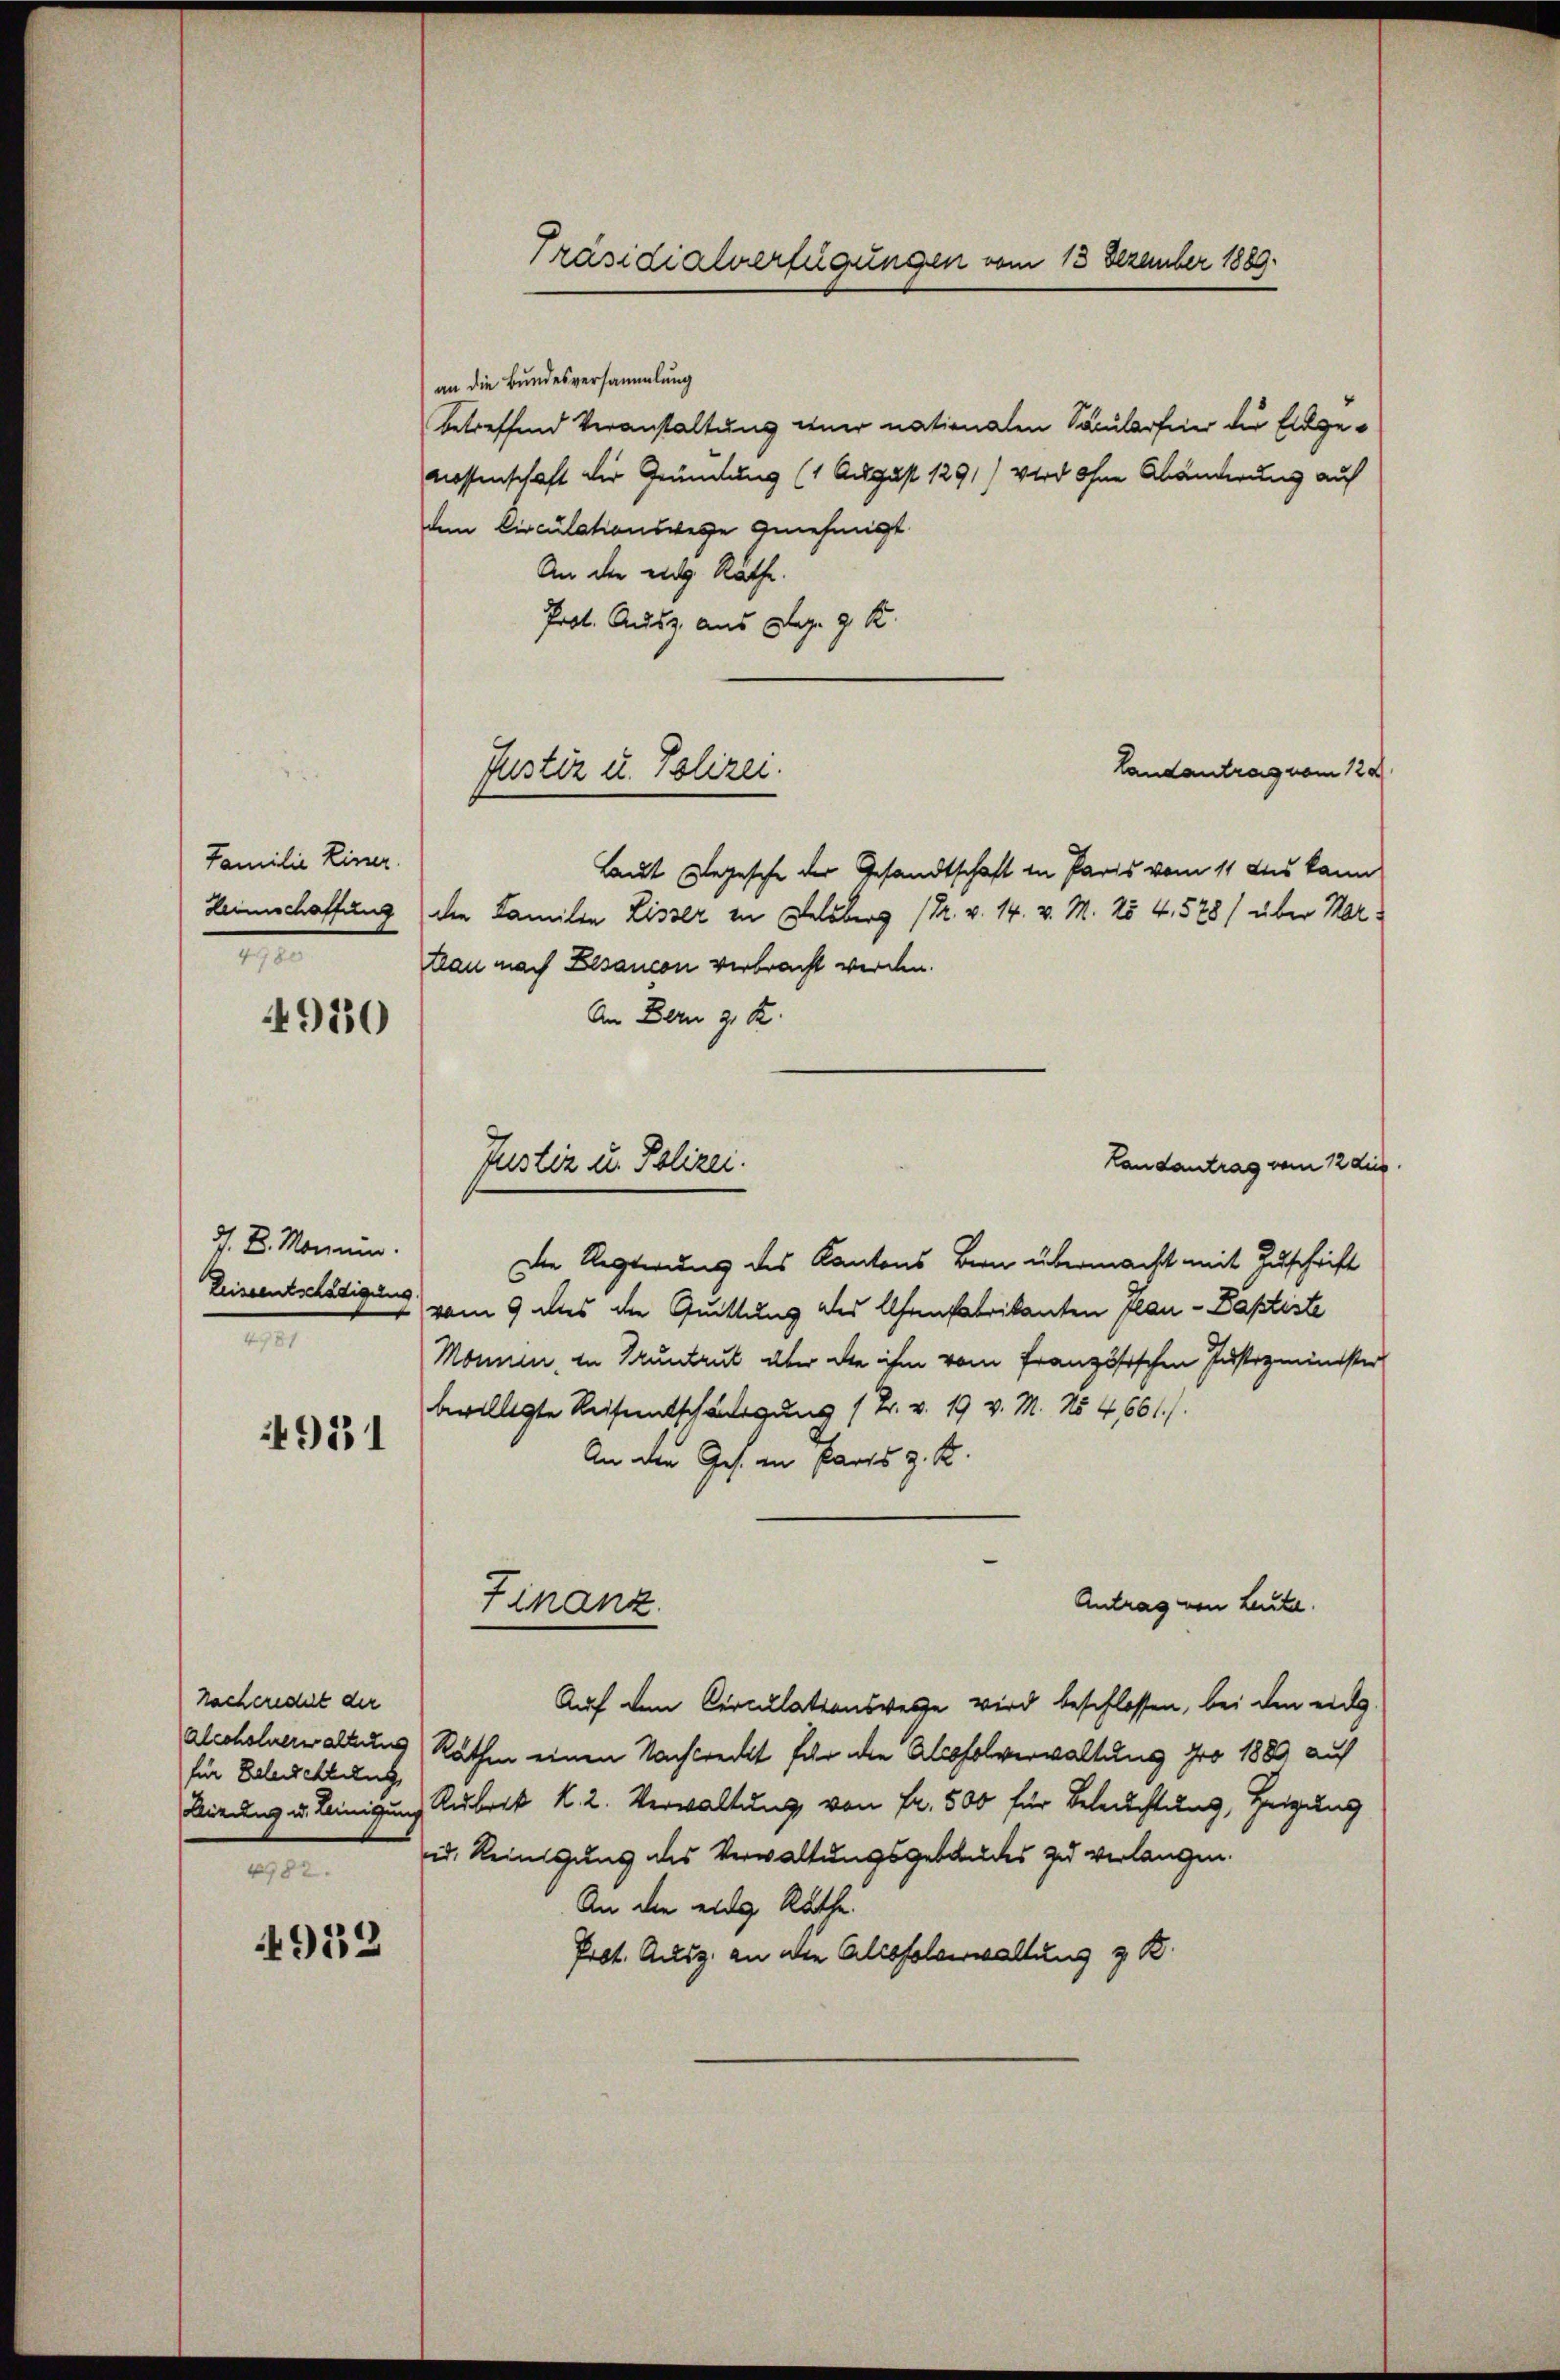
Familie Einer
Leinschaffung
1

M. D. Monum.
Reiseentschädigung
e

4950

931

nacheredit der
alcoholnerwaltung
für Balleichtung
4782.

4953

Präsidialverfügungen vom 13 Dezember 1889.

an die Bundesversammlung
betreffend Veranstaltung einer nationalen Säulerfeier die Eidge¬
Mossenschaft die Gründung (1 August 1291) wird ohne Abänderung auf
dem Circulationswege genehmigt
An die eidg. Rathe
Prot. Ausz aus Plag. 9. K.
Landantrag vom 128
Laut Segesche der Gesandtschaft in Paris vom 11 des kann
den Familie Lisser in Delsberg (Pr. v. 14. v. M. 254, 528) über Mar
Hau nach Besancen verbracht werden.
An Bern z. B.
Landantrag vom 12 dies
Die Regierung des Kantons Bern übermacht mit Zuschrift
vom 9 das die Quittung des Ofenfabrikanten Plan - Baptiste
Monnen, in Truntrut aber die ihm vom französischen Justizminister
bewilligte Reisentschädigung (Tr. v. 19 v. M. No 4,661).
An den Ges. in Parts z. B.
Antrag von Leute.
Finanz
Auf dem Circullationswerte wird beschlossen, bei den eidg
Rathen einen Nachtredit für die Absolverwaltung pro 1883 auf
Birung u. Reinigung Rubrik K. 2. Verwaltung von Fr. 500 für Beleuchtung, Zeigung
id. Reinigung des Verwaltungsgebäudes zu verlangen.
An die eidg. Rathe
Prot. Ausz. an den Altosolverwaltung z. B.

Justiz u. Polizei.

Justiz u. Polizei.